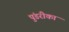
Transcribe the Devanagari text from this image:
पुंडरीका